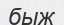
быж